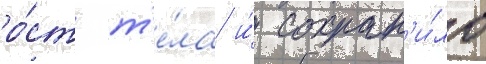
ро́ст т'е́ла и́ сохран'и́ло